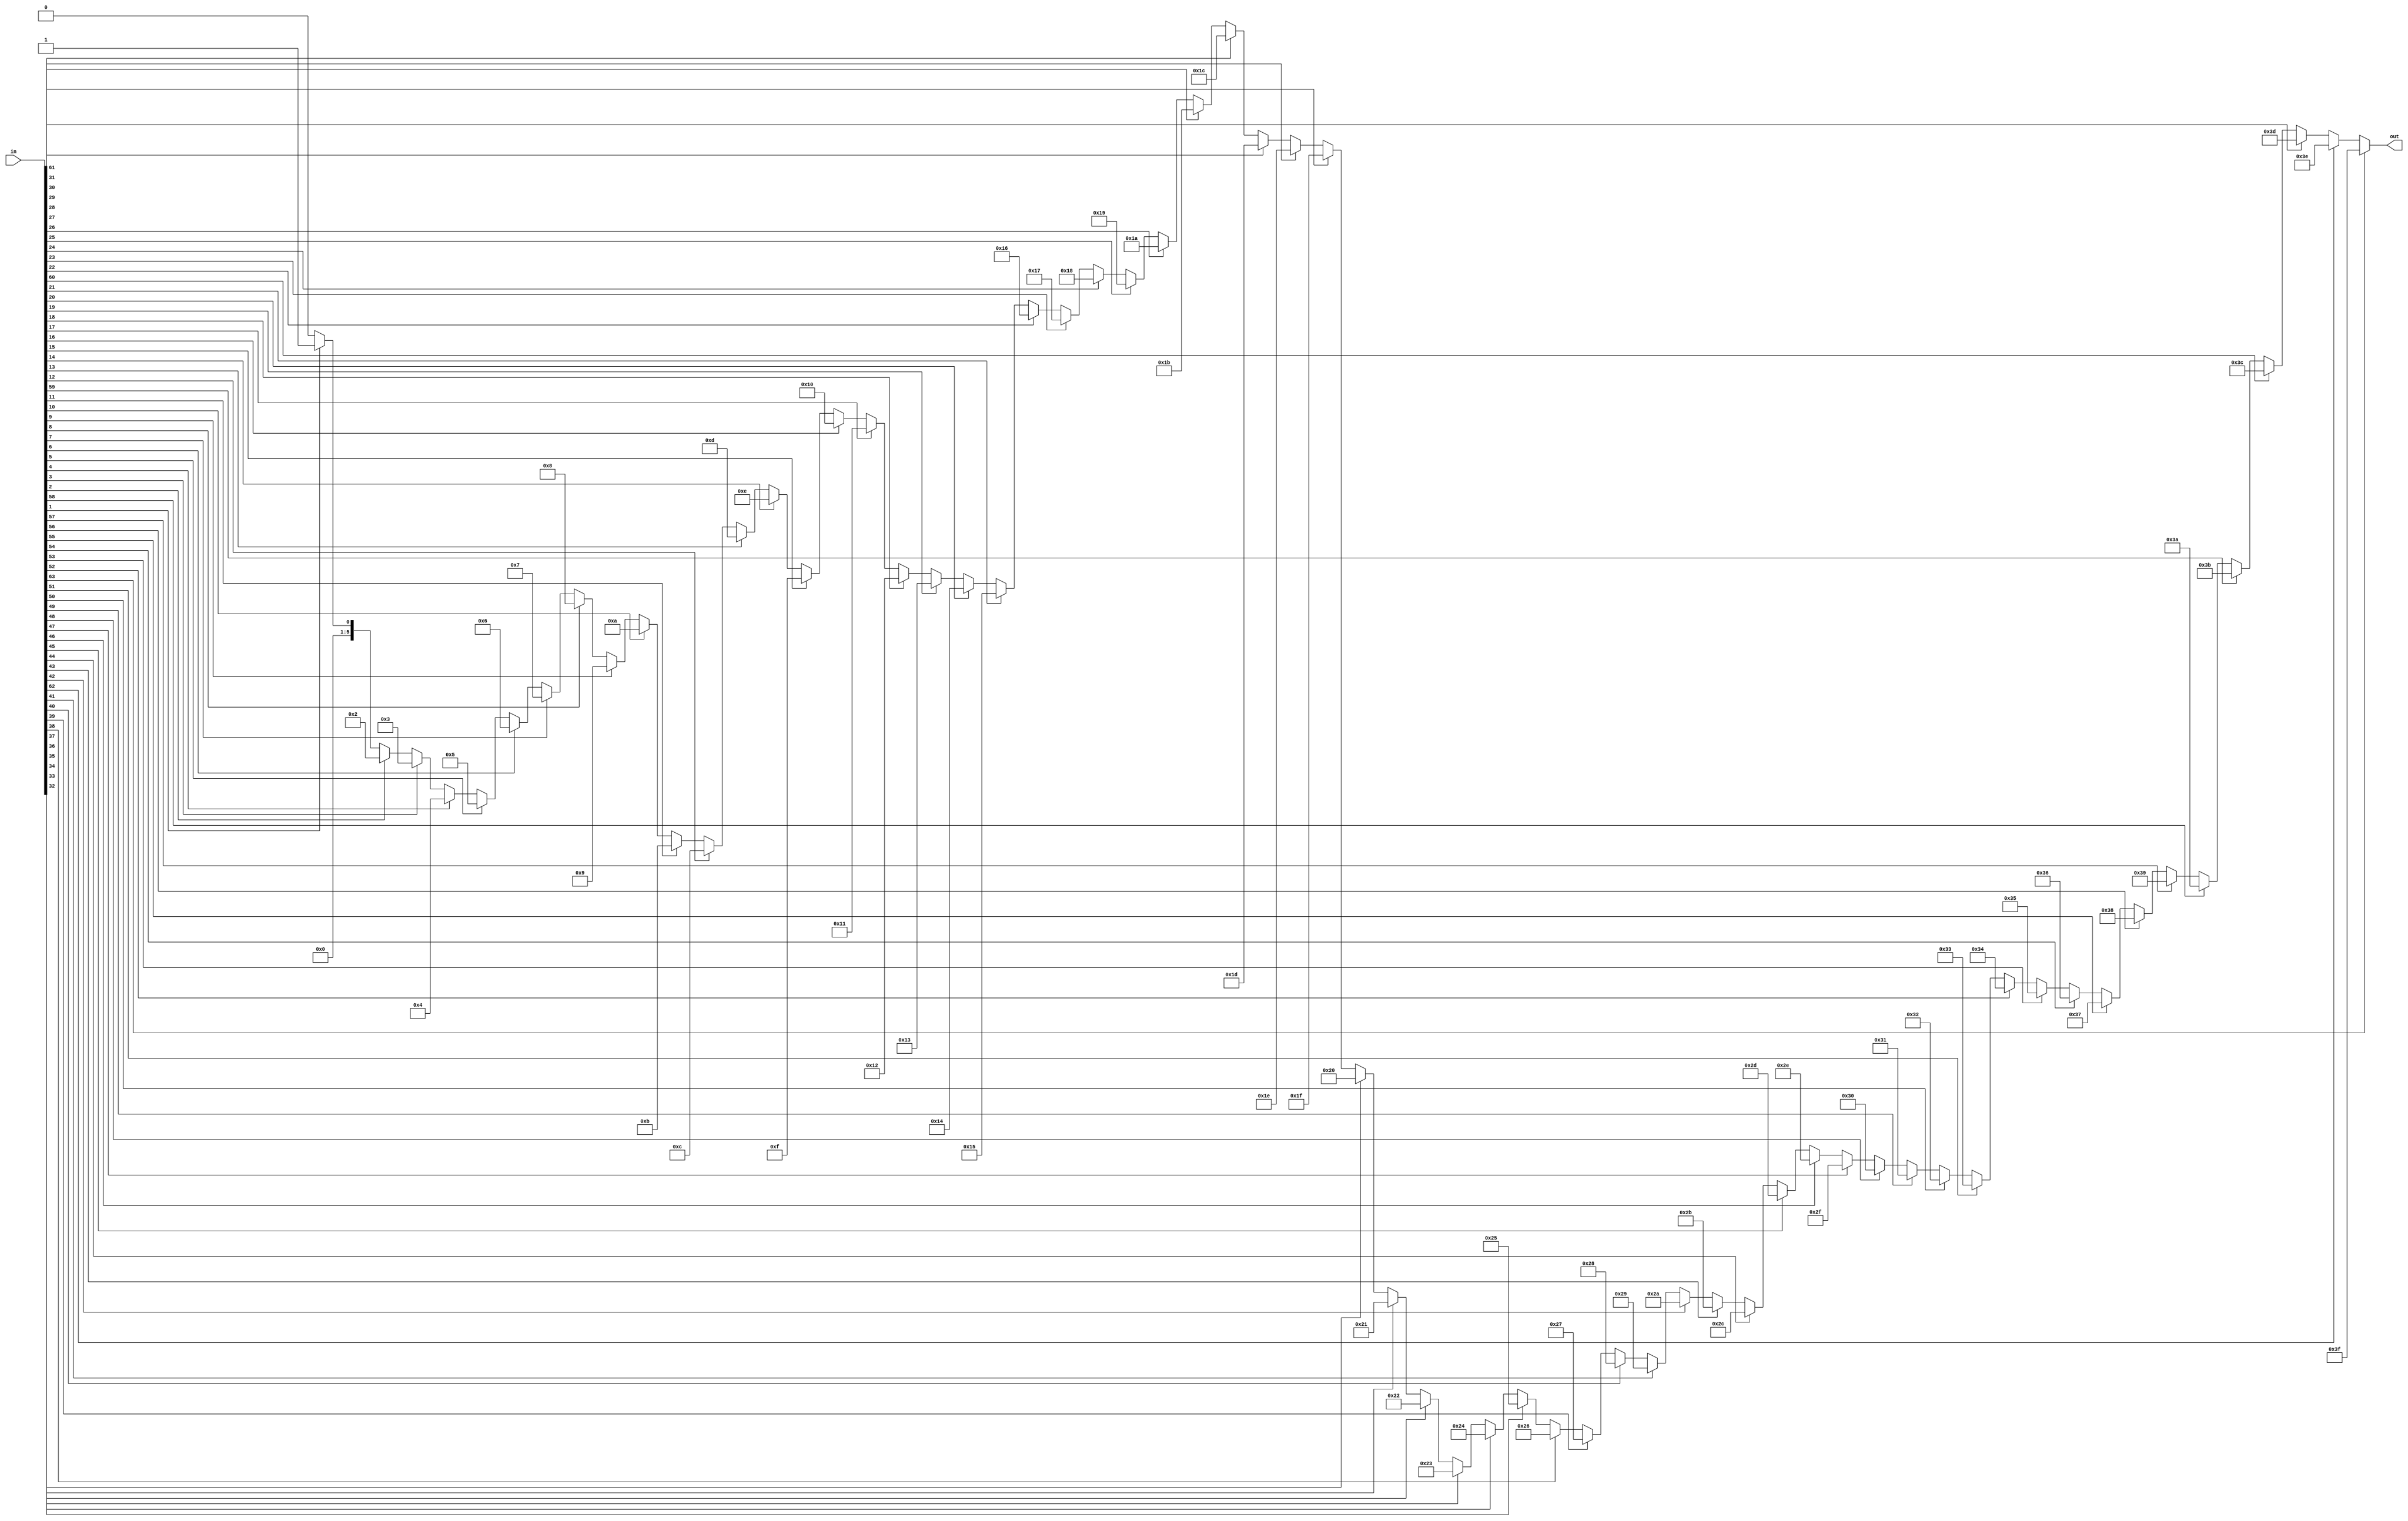
// Modified by Princeton University on June 9th, 2015
// ========== Copyright Header Begin ==========================================
// 
// OpenSPARC T1 Processor File: sparc_tlu_penc64.v
// Copyright (c) 2006 Sun Microsystems, Inc.  All Rights Reserved.
// DO NOT ALTER OR REMOVE COPYRIGHT NOTICES.
// 
// The above named program is free software; you can redistribute it and/or
// modify it under the terms of the GNU General Public
// License version 2 as published by the Free Software Foundation.
// 
// The above named program is distributed in the hope that it will be 
// useful, but WITHOUT ANY WARRANTY; without even the implied warranty of
// MERCHANTABILITY or FITNESS FOR A PARTICULAR PURPOSE.  See the GNU
// General Public License for more details.
// 
// You should have received a copy of the GNU General Public
// License along with this work; if not, write to the Free Software
// Foundation, Inc., 51 Franklin St, Fifth Floor, Boston, MA 02110-1301, USA.
// 
// ========== Copyright Header End ============================================
////////////////////////////////////////////////////////////////////////
/*
//  Module Name: sparc_tlu_penc64
//  Description:    
//    64 -> 6 priority encoder
//    Bit 63 has the highest priority
//
*/

module sparc_tlu_penc64 (/*AUTOARG*/
   // Outputs
   out, 
   // Inputs
   in
   );

   input [63:0] in;

   output [5:0] out;


   reg [5:0] 	out;
   integer 	i;
   
always @ (in)
begin
//
// code modified for verplex to avoid inferred latches
//	     if (in == 64'b0) // don't want a latch
	out = 6'b0;
//	else 
	for (i=0;i<64;i=i+1)
	    begin
	       if (in[i])
		   out[5:0] = i[5:0];
	    end
end
   
endmodule // sparc_tlu_penc64